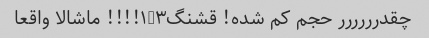
چقدرررررر حجم کم شده! قشنگ‌۱/۳!!!! ماشالا واقعا